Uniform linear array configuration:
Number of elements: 4
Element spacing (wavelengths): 0.5
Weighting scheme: kaiser
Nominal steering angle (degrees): -15
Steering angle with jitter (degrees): -16.678
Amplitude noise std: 0.05
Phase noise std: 0.05

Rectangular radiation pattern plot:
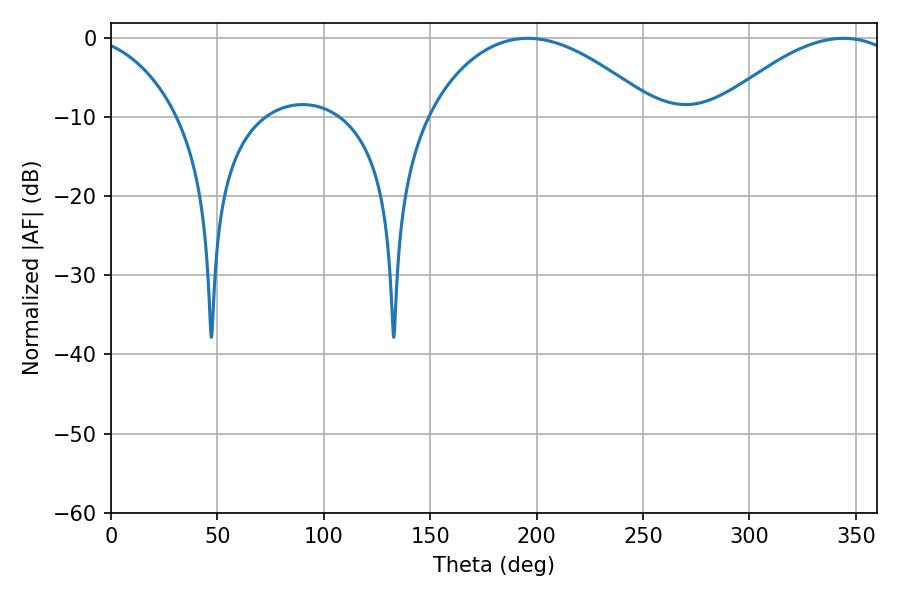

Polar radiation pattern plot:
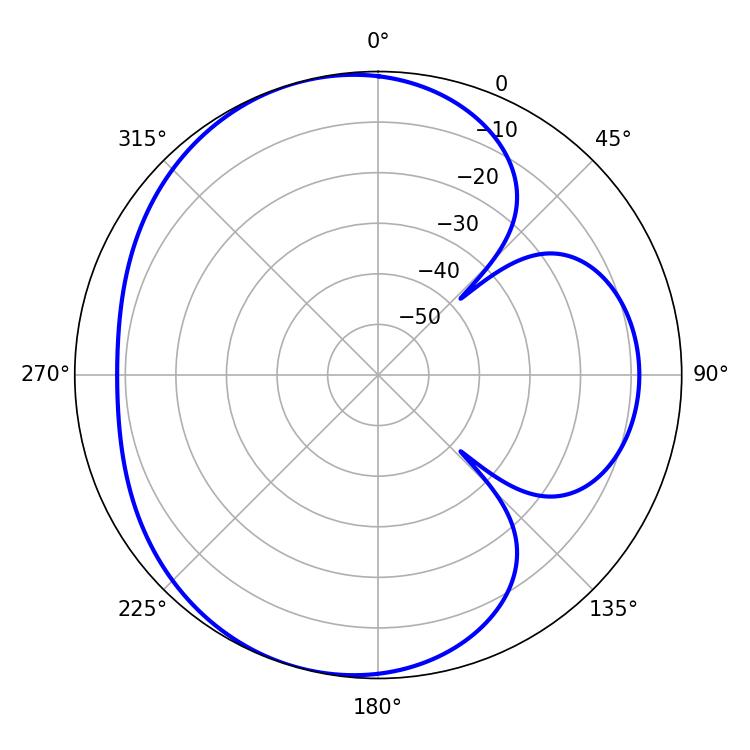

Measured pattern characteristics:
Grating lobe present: FALSE
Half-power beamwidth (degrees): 59.76
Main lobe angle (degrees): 195.84